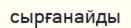
сырғанайды